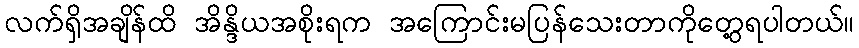
လက်ရှိအချိန်ထိ အိန္ဒိယအစိုးရက အကြောင်းမပြန်သေးတာကိုတွေ့ရပါတယ်။